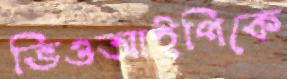
ভিওআইপিকে